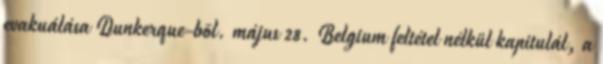
evakuálása Dunkerque-bõl. május 28. Belgium feltétel nélkül kapitulál, a